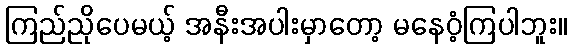
ကြည်ညိုပေမယ့် အနီးအပါးမှာတော့ မနေဝံ့ကြပါဘူး။